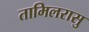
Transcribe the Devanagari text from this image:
तामिलरासु